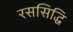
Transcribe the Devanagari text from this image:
रससिद्धि